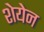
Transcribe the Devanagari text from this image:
शेयेन